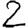
Digit: 2